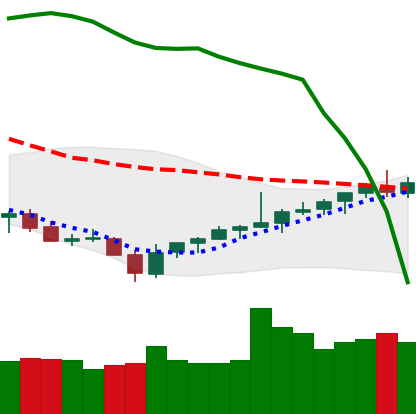
Ticker: TRX-USD
Chart end date: 2021-08-02
Forward return: 16.175%
Label: up_7plus